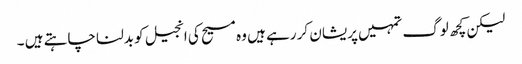
لیکن کچھ لوگ تمہیں پریشان کر رہے ہیں وہ مسیح کی انجیل کو بدلنا چاہتے ہیں ۔